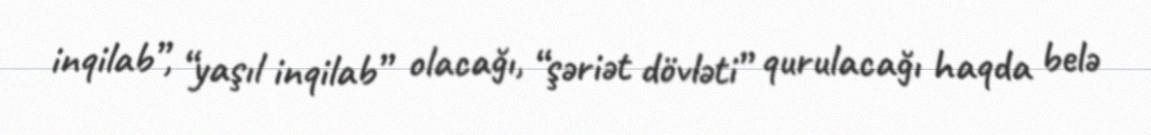
inqilab”, “yaşıl inqilab” olacağı, “şəriət dövləti” qurulacağı haqda belə